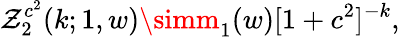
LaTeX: \mathcal{Z}_{2}^{c^{2}}(k;1,w)\simm_{1}(w)[1+c^{2}]^{-k},